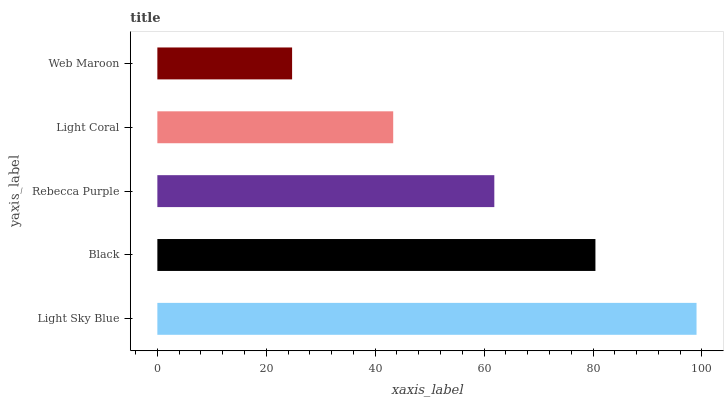
| yaxis_label | bars |
 | --- | --- |
 | Light Sky Blue | 99 |
 | Black | 80.4 |
 | Rebecca Purple | 61.9 |
 | Light Coral | 43.3 |
 | Web Maroon | 24.7 |